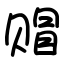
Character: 赗